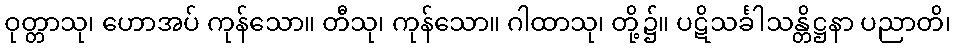
ဝုတ္တာသု၊ ဟောအပ် ကုန်သော။ တီသု၊ ကုန်သော။ ဂါထာသု၊ တို့၌။ ပဋိသင်္ခါသန္တိဋ္ဌနာ ပညာတိ၊